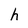
Character: h